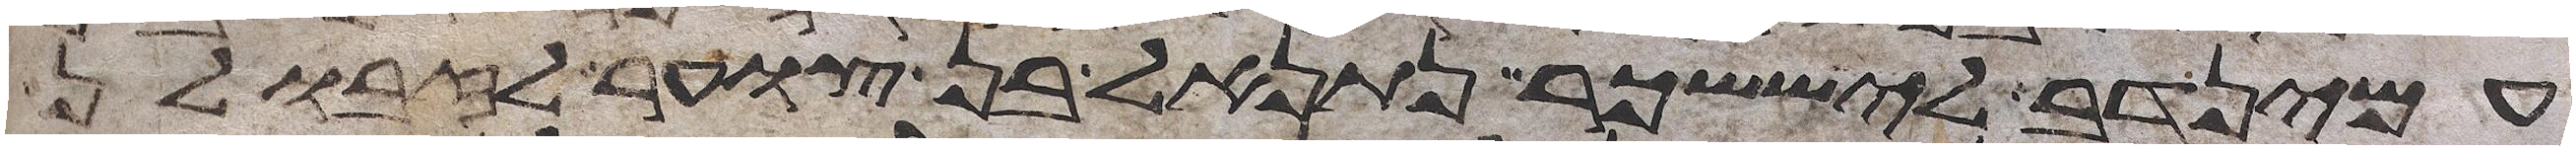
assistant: עמינדב ליששכר נתנאל בן צוער לזבולן